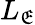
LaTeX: L_{\mathfrak{E}}